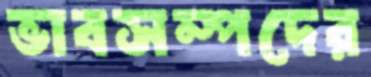
ভাবসম্পদের